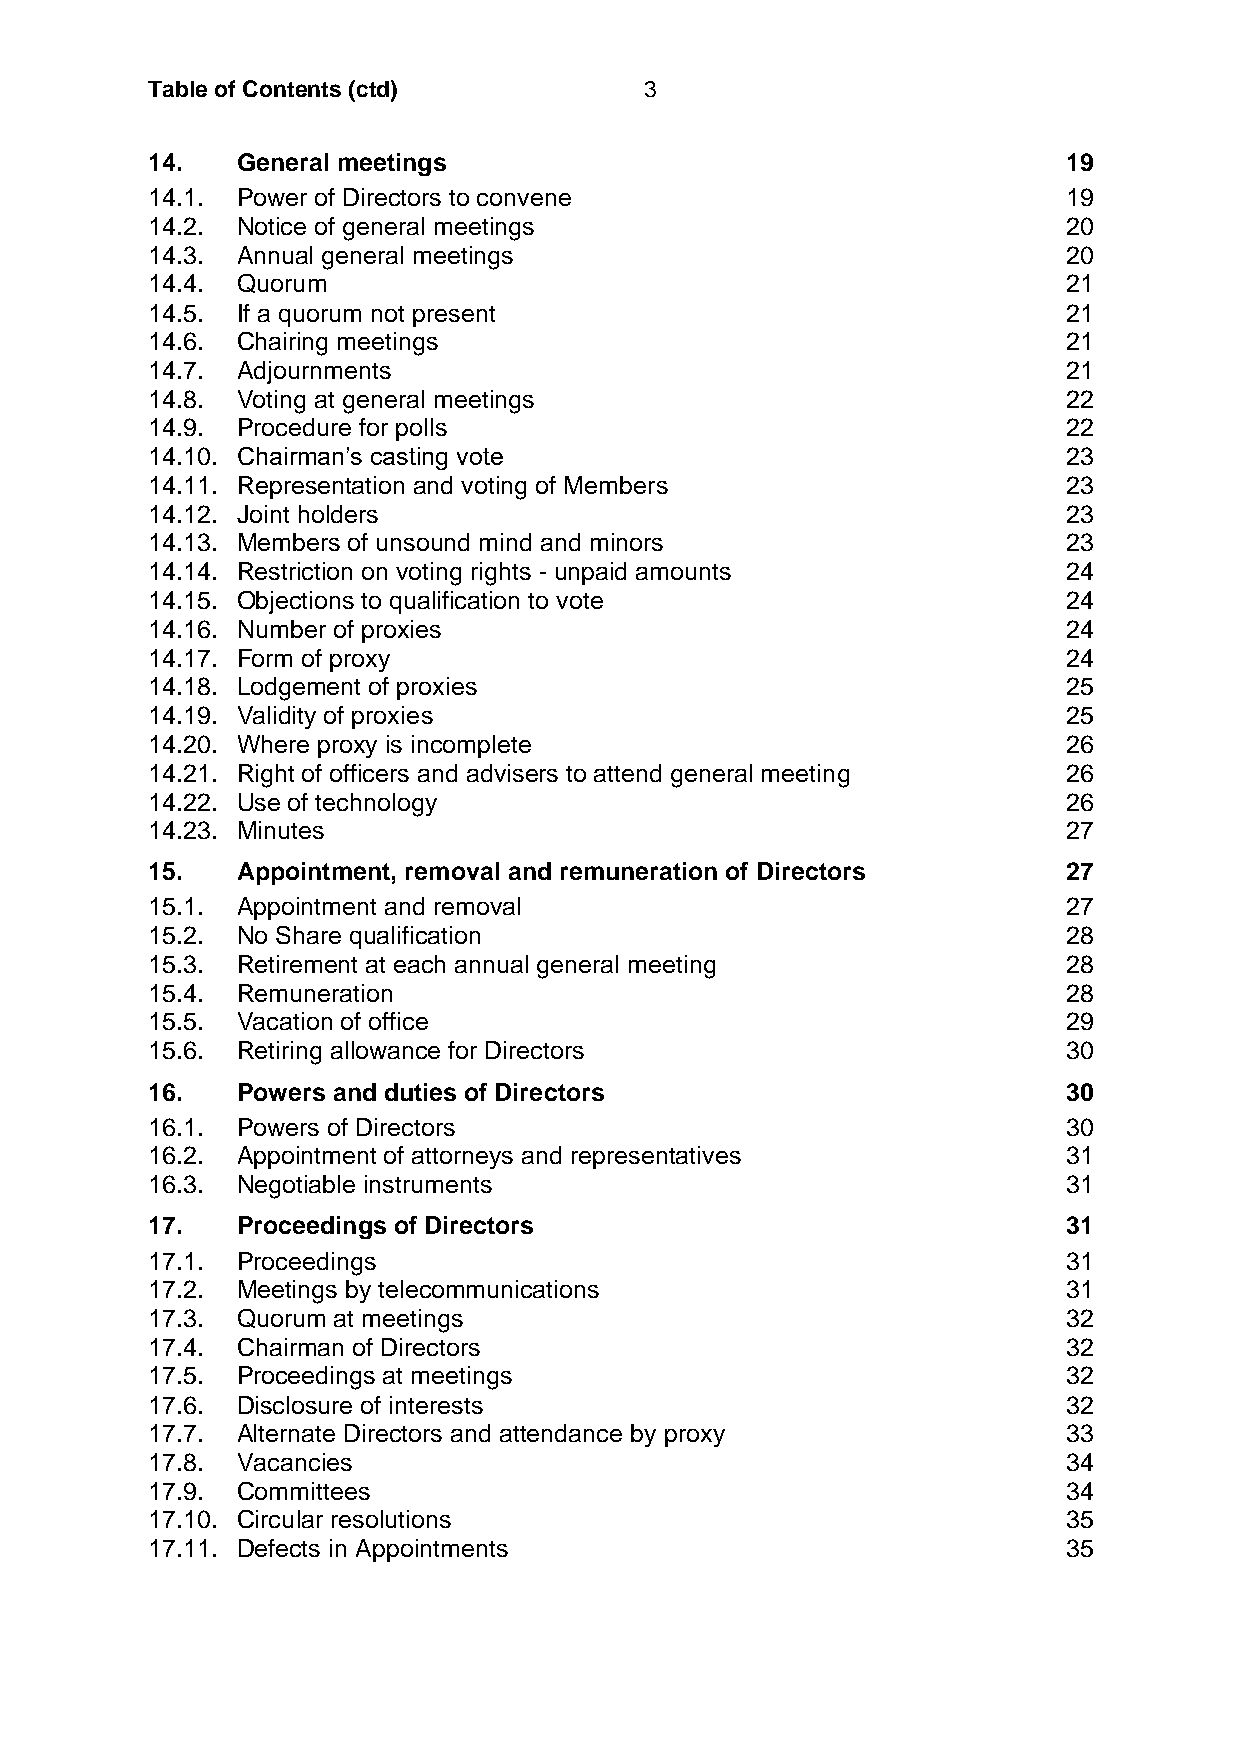
Table of Contents (ctd)          3
 14.   General meetings                                       19
 14.1. Power of Directors to convene                          19
 14.2. Notice of general meetings                             20
 14.3. Annual general meetings                                20
 14.4. Quorum                                                 21
 14.5. If a quorum not present                                21
 14.6. Chairing meetings                                      21
 14.7. Adjournments                                           21
 14.8. Voting at general meetings                             22
 14.9. Procedure for polls                                    22
 14.10. Chairman’s casting vote                               23
 14.11. Representation and voting of Members                  23
 14.12. Joint holders                                         23
 14.13. Members of unsound mind and minors                    23
 14.14. Restriction on voting rights - unpaid amounts         24
 14.15. Objections to qualification to vote                   24
 14.16. Number of proxies                                     24
 14.17. Form of proxy                                         24
 14.18. Lodgement of proxies                                  25
 14.19. Validity of proxies                                   25
 14.20. Where proxy is incomplete                             26
 14.21. Right of officers and advisers to attend general meeting 26
 14.22. Use of technology                                     26
 14.23. Minutes                                               27
 15.   Appointment, removal and remuneration of Directors     27
 15.1. Appointment and removal                                27
 15.2. No Share qualification                                 28
 15.3. Retirement at each annual general meeting              28
 15.4. Remuneration                                           28
 15.5. Vacation of office                                     29
 15.6. Retiring allowance for Directors                       30
 16.   Powers and duties of Directors                         30
 16.1. Powers of Directors                                    30
 16.2. Appointment of attorneys and representatives           31
 16.3. Negotiable instruments                                 31
 17.   Proceedings of Directors                               31
 17.1. Proceedings                                            31
 17.2. Meetings by telecommunications                         31
 17.3. Quorum at meetings                                     32
 17.4. Chairman of Directors                                  32
 17.5. Proceedings at meetings                                32
 17.6. Disclosure of interests                                32
 17.7. Alternate Directors and attendance by proxy            33
 17.8. Vacancies                                              34
 17.9. Committees                                             34
 17.10. Circular resolutions                                  35
 17.11. Defects in Appointments                               35